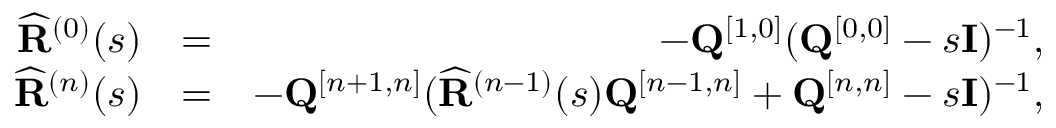
\begin{array} { r l r } { \widehat { \bf R } ^ { ( 0 ) } ( s ) } & { = } & { - { \bf Q } ^ { [ 1 , 0 ] } ( { \bf Q } ^ { [ 0 , 0 ] } - s { \bf I } ) ^ { - 1 } , } \\ { \widehat { \bf R } ^ { ( n ) } ( s ) } & { = } & { - { \bf Q } ^ { [ n + 1 , n ] } ( \widehat { \bf R } ^ { ( n - 1 ) } ( s ) { \bf Q } ^ { [ n - 1 , n ] } + { \bf Q } ^ { [ n , n ] } - s { \bf I } ) ^ { - 1 } , } \end{array}